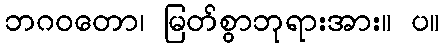
ဘဂဝတော၊ မြတ်စွာဘုရားအား။ ပ။